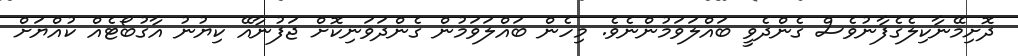
ދޮށިމޭނާކިލެގެފާނުވެސް ގެންދެވީ ބައްލަވަމުންނެވެ. މިހެން ބައްލަވަމުން ގެންދަވަނިކޮށް ޖަފުނާއޭ ކިޔުނު އާގުބޯޓެއް ކުއްޔަށް